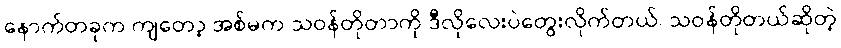
နောက်တခုက ကျတော့ အစ်မက သဝန်တိုတာကို ဒီလိုလေးပဲတွေးလိုက်တယ်၊ သဝန်တိုတယ်ဆိုတဲ့